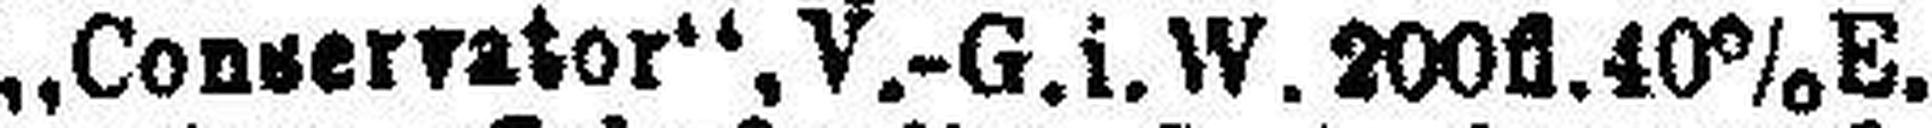
„Convervator“, V.-G.i.W.200fl. 40%E.